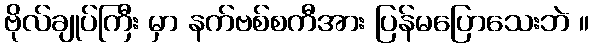
ဗိုလ်ချုပ်ကြီး မှာ နက်ဗစ်စကီအား ပြန်မပြောသေးဘဲ ။